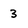
Character: 3